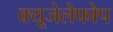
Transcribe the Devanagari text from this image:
क्‍यूजेलेफोप